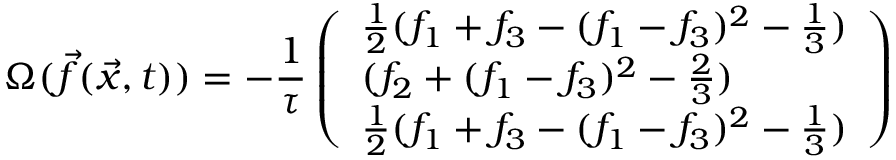
{ \Omega } ( \vec { f } ( \vec { x } , t ) ) = - \frac { 1 } { \tau } \left( \begin{array} { l } { \frac { 1 } { 2 } ( f _ { 1 } + f _ { 3 } - ( f _ { 1 } - f _ { 3 } ) ^ { 2 } - \frac { 1 } { 3 } ) } \\ { ( f _ { 2 } + ( f _ { 1 } - f _ { 3 } ) ^ { 2 } - \frac { 2 } { 3 } ) } \\ { \frac { 1 } { 2 } ( f _ { 1 } + f _ { 3 } - ( f _ { 1 } - f _ { 3 } ) ^ { 2 } - \frac { 1 } { 3 } ) } \end{array} \right)